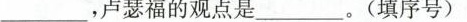
___，卢瑟福的观点是___。(填序号)